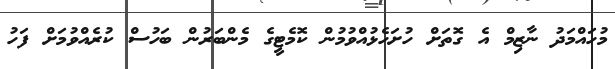
މުހައްމަދު ނާޒިމް އެ ގޮތަށް ހުށަހެޅުއްވުމުން ކޮމެޓީގެ މެންބަރުން ބަހުސް ކުރެއްވުމަށް ފަހު